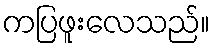
ကပြဖူးလေသည်။